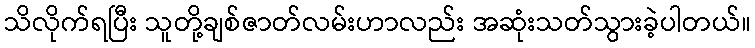
သိလိုက်ရပြီး သူတို့ချစ်ဇာတ်လမ်းဟာလည်း အဆုံးသတ်သွားခဲ့ပါတယ်။